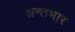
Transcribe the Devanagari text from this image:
अन्तभार